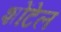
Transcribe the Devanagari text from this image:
शोंटेल